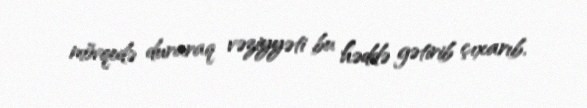
mövqedə duraraq vəziyyəti bu həddə gətirib çıxarıb.